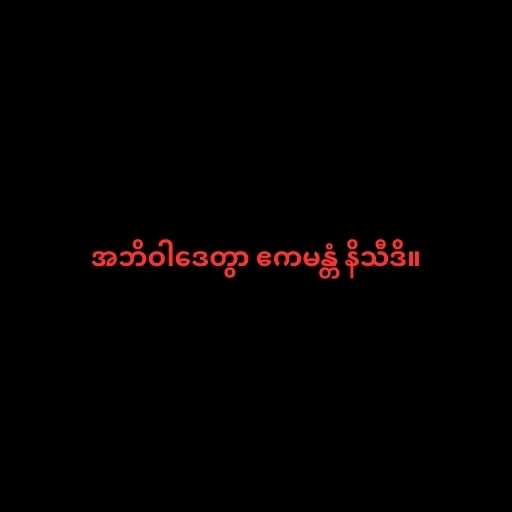
အဘိဝါဒေတွာ ဧကမန္တံ နိသီဒိ။